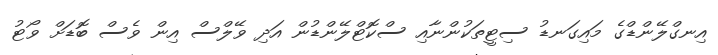
އިނގްލޭންޑްގެ މައިގަނޑު ސިޓީތަކުންނާއި ސްކޮޓްލޭންޑުން އަދި ވޭލްސް އިން ވެސް ބޮޑަށް ވޯޓު